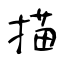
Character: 描